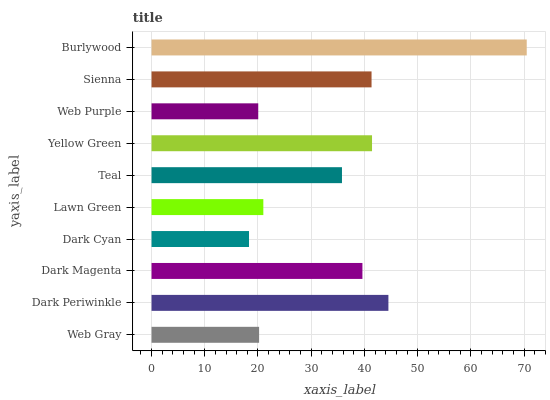
| yaxis_label | bars |
 | --- | --- |
 | Web Gray | 20.2 |
 | Dark Periwinkle | 44.5 |
 | Dark Magenta | 39.6 |
 | Dark Cyan | 18.3 |
 | Lawn Green | 21 |
 | Teal | 35.8 |
 | Yellow Green | 41.4 |
 | Web Purple | 20 |
 | Sienna | 41.3 |
 | Burlywood | 70.5 |